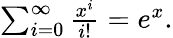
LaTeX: \textstyle\sum_{i=0}^{\infty}{\frac{x^{i}}{i!}}=e^{x}.